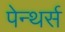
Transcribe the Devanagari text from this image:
पेन्थर्स